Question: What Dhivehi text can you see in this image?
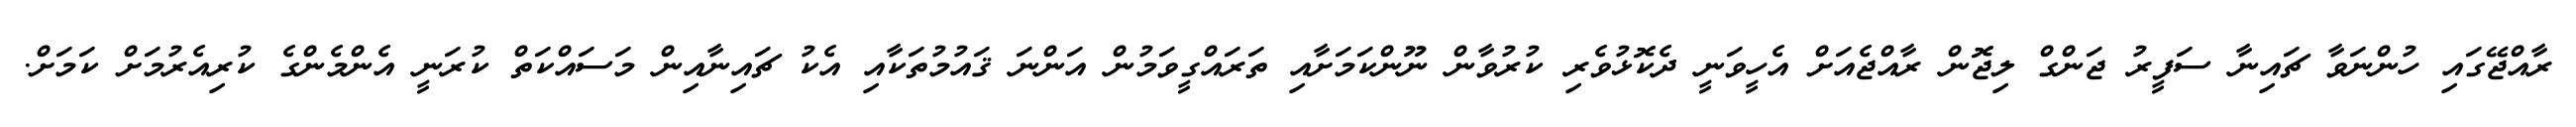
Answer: ރާއްޖޭގައި ހުންނަވާ ޗައިނާ ސަފީރު ޖަންގް ލިޖޮން ރާއްޖެއަށް އެހީވަނީ ދެކޮޅުވެރި ކުރުވާން ނޫންކަމަށާއި ތަރައްގީވަމުން އަންނަ ޤައުމުތަކާއި އެކު ޗައިނާއިން މަސައްކަތް ކުރަނީ އެންމެންގެ ކުރިއެރުމަށް ކަމަށް.